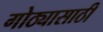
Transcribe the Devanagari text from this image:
गोठ्यासाठी